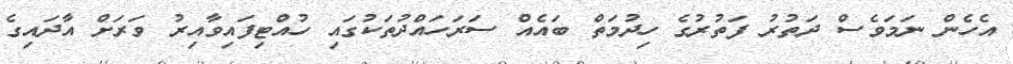
އެހެން ނަމަވެސް ދަތުރު ފަތުރުގެ ހިދުމަތް ބައެއް ސަރަހައްދުތަކުގައި ހުއްޓިފައިވާއިރު ވަރަށް އާދައިގެ